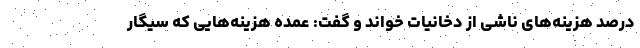
درصد هزینه‌های ناشی از دخانیات خواند و گفت: عمده هزینه‌هایی که سیگار